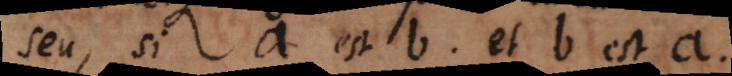
seu, si a est b, et b est a,